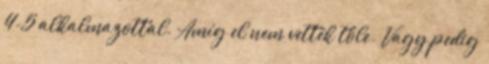
4-5 alkalmazottal. Amíg el nem vették tőle. Vagy pedig